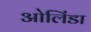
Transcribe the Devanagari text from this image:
ओलिंडा